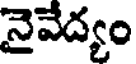
నైవేద్యం